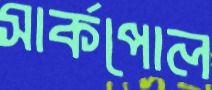
সার্কপোল